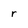
Character: r